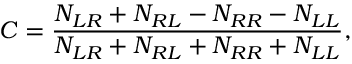
C = { \frac { N _ { L R } + N _ { R L } - N _ { R R } - N _ { L L } } { N _ { L R } + N _ { R L } + N _ { R R } + N _ { L L } } } ,